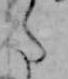
た